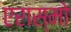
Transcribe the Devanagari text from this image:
एरास्मो